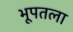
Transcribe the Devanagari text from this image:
भूपतला